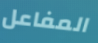
المفاعل